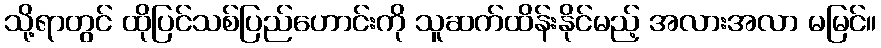
သို့ရာတွင် ထိုပြင်သစ်ပြည်ဟောင်းကို သူဆက်ထိန်းနိုင်မည့် အလားအလာ မမြင်။